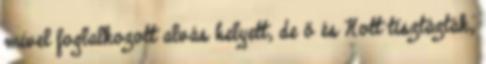
mivel foglalkozott alvás helyett, de ő és Nott tisztázták,